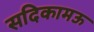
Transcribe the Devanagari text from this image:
सदिकामऊ